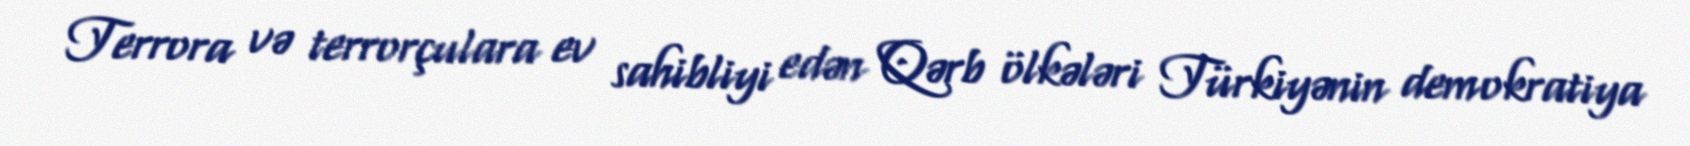
Terrora və terrorçulara ev sahibliyi edən Qərb ölkələri Türkiyənin demokratiya